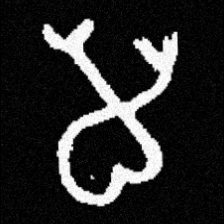
Pyu character \u2014 Myanmar letter: မ (romanized: ma)